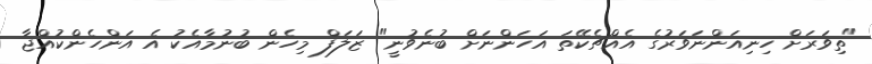
"ތިވަރަށް ހިނިއަންނަވަރުގެ އެއްޗެކޭތަ އަހަންނަށް ބުނެވުނީ" ޒަލަފް މިހެން ބުނުމާއެކު އެ އަންހެންކުއްޖާ